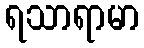
ရသာရာမာ